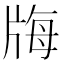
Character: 𤗆